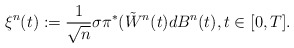
\begin{align*}\xi^n(t):=\frac{1}{\sqrt{n}}\sigma\pi^*(\tilde W^n(t)dB^n(t),t\in[0,T].\end{align*}